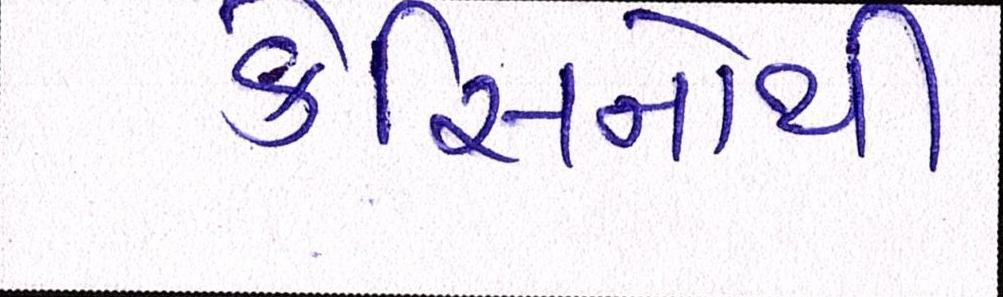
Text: કેસિનોથી